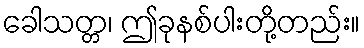
ခေါသတ္တ၊ ဤခုနစ်ပါးတို့တည်း။